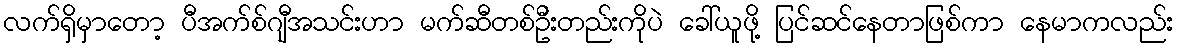
လက်ရှိမှာတော့ ပီအက်စ်ဂျီအသင်းဟာ မက်ဆီတစ်ဦးတည်းကိုပဲ ခေါ်ယူဖို့ ပြင်ဆင်နေတာဖြစ်ကာ နေမာကလည်း